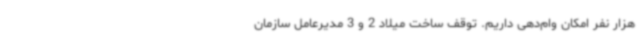
هزار نفر امکان وام‌دهی داریم. توقف ساخت میلاد 2 و 3 مدیرعامل سازمان